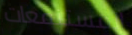
المستنقعات